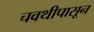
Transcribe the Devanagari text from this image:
चवथीपासून